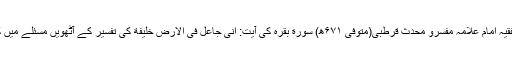
نیز شیخ الفقیہ امام علامہ مفسرو محدث قرطبی(متوفی ۶۷۱ھ) سورة بقرہ کی آیت: انی جاعل فی الارض خلیفة کی تفسیر کے آٹھویں مسئلے میں کہتے ہیں۔